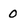
Character: 0